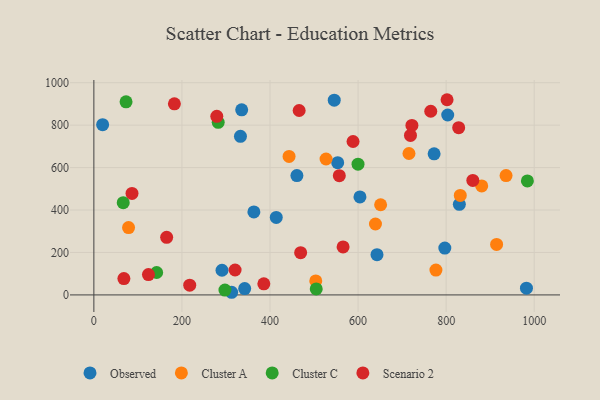
{"axis": {"x": "Investment", "y": "Exam Score"}, "legend": ["Cluster A", "Cluster C", "Observed", "Scenario 2"], "data": [{"x": "363.4", "y": 390.9, "type": "Observed"}, {"x": "545.9", "y": 917.7, "type": "Observed"}, {"x": "982.4", "y": 31.8, "type": "Observed"}, {"x": "414.2", "y": 365.1, "type": "Observed"}, {"x": "332.9", "y": 747.3, "type": "Observed"}, {"x": "553.7", "y": 623.1, "type": "Observed"}, {"x": "830.0", "y": 427.0, "type": "Observed"}, {"x": "803.6", "y": 847.8, "type": "Observed"}, {"x": "312.9", "y": 12.4, "type": "Observed"}, {"x": "342.5", "y": 29.7, "type": "Observed"}, {"x": "604.3", "y": 461.9, "type": "Observed"}, {"x": "335.7", "y": 872.0, "type": "Observed"}, {"x": "797.0", "y": 220.5, "type": "Observed"}, {"x": "291.0", "y": 116.2, "type": "Observed"}, {"x": "643.0", "y": 189.5, "type": "Observed"}, {"x": "772.7", "y": 664.8, "type": "Observed"}, {"x": "461.1", "y": 562.4, "type": "Observed"}, {"x": "19.9", "y": 802.1, "type": "Observed"}, {"x": "914.6", "y": 237.8, "type": "Cluster A"}, {"x": "527.3", "y": 640.4, "type": "Cluster A"}, {"x": "503.9", "y": 66.0, "type": "Cluster A"}, {"x": "639.5", "y": 334.1, "type": "Cluster A"}, {"x": "715.6", "y": 666.4, "type": "Cluster A"}, {"x": "776.8", "y": 117.0, "type": "Cluster A"}, {"x": "443.3", "y": 652.5, "type": "Cluster A"}, {"x": "651.2", "y": 424.9, "type": "Cluster A"}, {"x": "936.1", "y": 562.5, "type": "Cluster A"}, {"x": "78.8", "y": 317.2, "type": "Cluster A"}, {"x": "832.1", "y": 468.6, "type": "Cluster A"}, {"x": "880.8", "y": 513.8, "type": "Cluster A"}, {"x": "73.1", "y": 909.8, "type": "Cluster C"}, {"x": "142.6", "y": 105.7, "type": "Cluster C"}, {"x": "282.4", "y": 813.3, "type": "Cluster C"}, {"x": "66.7", "y": 434.5, "type": "Cluster C"}, {"x": "984.5", "y": 537.2, "type": "Cluster C"}, {"x": "505.0", "y": 28.3, "type": "Cluster C"}, {"x": "297.7", "y": 22.9, "type": "Cluster C"}, {"x": "599.9", "y": 615.9, "type": "Cluster C"}, {"x": "182.9", "y": 900.4, "type": "Scenario 2"}, {"x": "566.0", "y": 226.2, "type": "Scenario 2"}, {"x": "320.7", "y": 117.4, "type": "Scenario 2"}, {"x": "765.1", "y": 865.6, "type": "Scenario 2"}, {"x": "722.3", "y": 798.6, "type": "Scenario 2"}, {"x": "860.6", "y": 539.5, "type": "Scenario 2"}, {"x": "557.4", "y": 561.7, "type": "Scenario 2"}, {"x": "386.0", "y": 52.3, "type": "Scenario 2"}, {"x": "217.7", "y": 45.9, "type": "Scenario 2"}, {"x": "466.2", "y": 869.1, "type": "Scenario 2"}, {"x": "124.0", "y": 95.9, "type": "Scenario 2"}, {"x": "719.0", "y": 751.4, "type": "Scenario 2"}, {"x": "828.5", "y": 788.3, "type": "Scenario 2"}, {"x": "802.1", "y": 919.8, "type": "Scenario 2"}, {"x": "279.2", "y": 841.6, "type": "Scenario 2"}, {"x": "469.6", "y": 199.2, "type": "Scenario 2"}, {"x": "86.6", "y": 478.3, "type": "Scenario 2"}, {"x": "588.6", "y": 722.9, "type": "Scenario 2"}, {"x": "165.3", "y": 271.5, "type": "Scenario 2"}, {"x": "68.2", "y": 77.0, "type": "Scenario 2"}]}